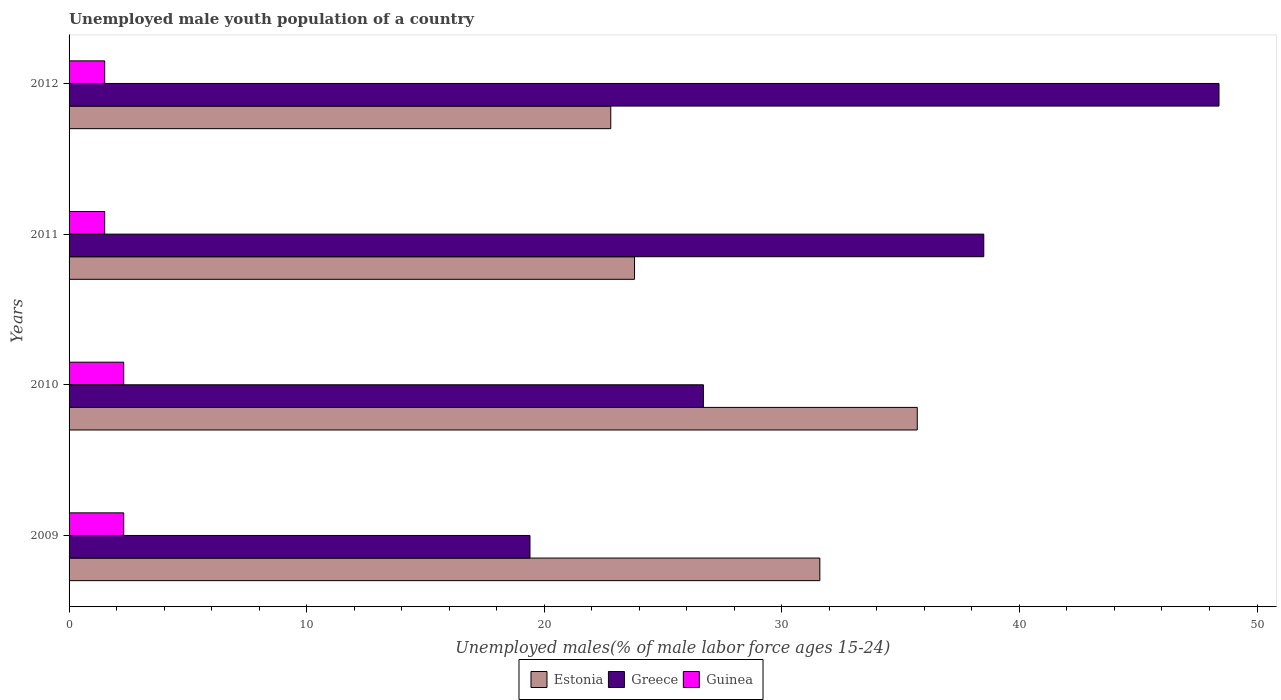
| Years | Estonia | Greece | Guinea |
 | --- | --- | --- | --- |
 | 2009 | 31.6 | 19.4 | 2.3 |
 | 2010 | 35.7 | 26.7 | 2.3 |
 | 2011 | 23.8 | 38.5 | 1.5 |
 | 2012 | 22.8 | 48.4 | 1.5 |